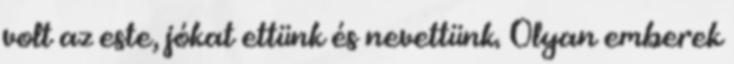
volt az este, jókat ettünk és nevettünk. Olyan emberek